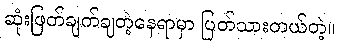
ဆုံးဖြတ်ချက်ချတဲ့နေရာမှာ ပြတ်သားတယ်တဲ့။